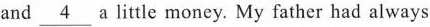
and \underline{4} a little money. My father had always